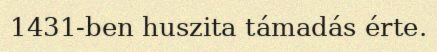
1431-ben huszita támadás érte.